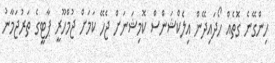
ހިންގޭނެ ގޮތެއް ހޯދައިދޭން އިލެކްޝަންސް ކޮމިޝަނަށް ޖެހޭ ކަމަށް ޖުމްހޫރީ ޕާޓީގެ ތަރުޖަމާނު